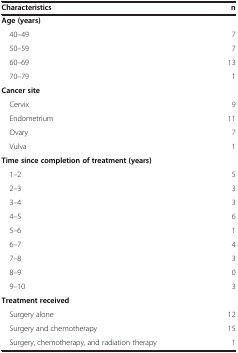
| Characteristics | n |
 | --- | --- |
 | Age(years) |  |
 | 40–49 | 7 |
 | 50–59 | 7 |
 | 60–69 | 13 |
 | 70–79 | 1 |
 | Cancer site |  |
 | Cervix | 9 |
 | Endometrium | 11 |
 | Ovary | 7 |
 | Vulva | 1 |
 | Time since completion of treatment(years) |  |
 | 1–2 | 5 |
 | 2–3 | 3 |
 | 3–4 | 3 |
 | 4–5 | 6 |
 | 5–6 | 1 |
 | 6–7 | 4 |
 | 7–8 | 3 |
 | 8–9 | 0 |
 | 9–10 | 3 |
 | Treatment received |  |
 | Surgery alone | 12 |
 | Surgery and chemotherapy | 15 |
 | Surgery, chemotherapy, and radiation therapy | 1 |